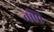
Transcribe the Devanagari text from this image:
वणि